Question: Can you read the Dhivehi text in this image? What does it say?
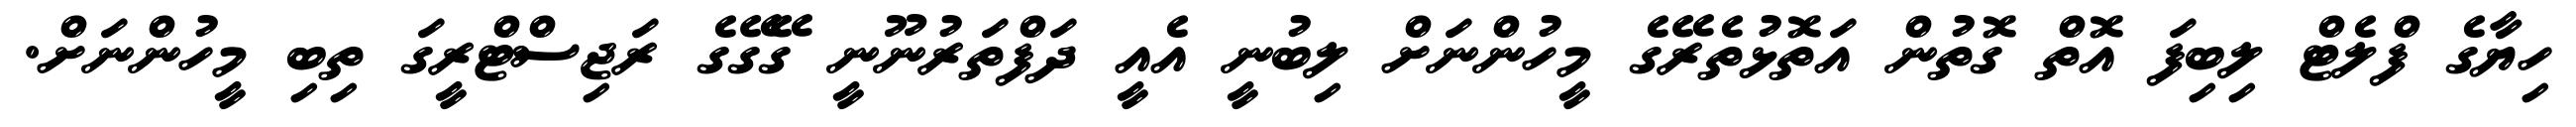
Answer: ހިޔާގެ ފްލެޓް ލިބިފަ އޮތް ގޮތުން އަތޮޅުތެރޭގެ މީހުންނަށް ލިބުނީ އެއީ ދަފްތަރުނޫނީ ގޭގޭގެ ރަޖިސްޓްރީގަ ތިބި މީހުންނަށް.